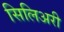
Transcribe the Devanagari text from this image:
सिलिअरी